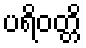
ပရိဝတ္တိ